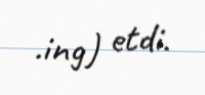
.ing) etdi.